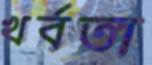
খর্বতা